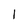
Character: 1